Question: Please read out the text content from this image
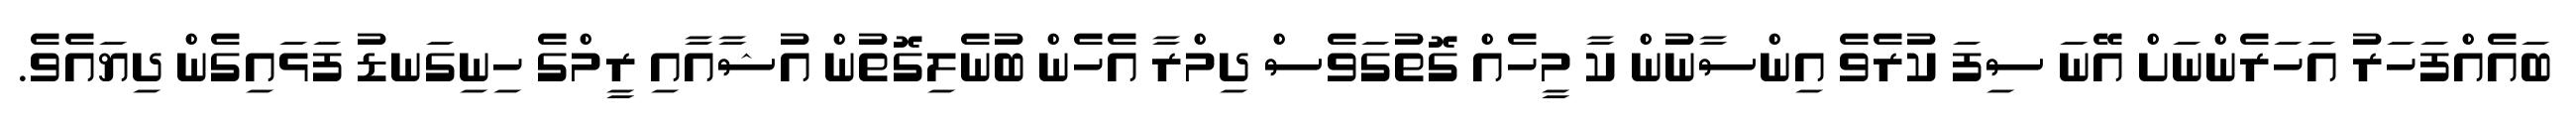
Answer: ބައެއްފަހަރު އަހަރެންނަށް އޭނަ ސިފަ ކުރެވެ އިންސާނުން ކާ މީހެއް ގޮތުގަވެސް ދިމްރާ އެހެން ބުނެލިގޮތުން އުޝާއާއި ރީމްގެ ހިނިގަނޑު ފަޅައިގެން ދިޔައެވެ.